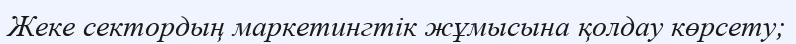
Жеке сектордың маркетингтік жұмысына қолдау көрсету;